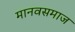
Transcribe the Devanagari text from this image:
मानवसमाज